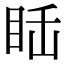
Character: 𥅒